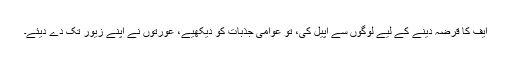
ایف کا قرضہ دینے کے لیے لوگوں سے اپیل کی، تو عوامی جذبات کو دیکھیے، عورتوں نے اپنے زیور تک دے دیئے۔